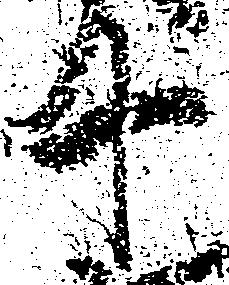
十